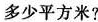
多少平方米？